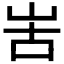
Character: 𠰛